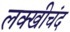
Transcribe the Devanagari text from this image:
लक्खीचंद